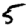
Digit: 5